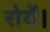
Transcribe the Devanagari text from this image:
रोयें।